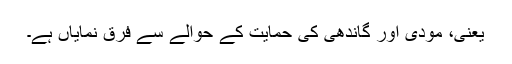
یعنی، مودی اور گاندھی کی حمایت کے حوالے سے فرق نمایاں ہے۔